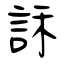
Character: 訸